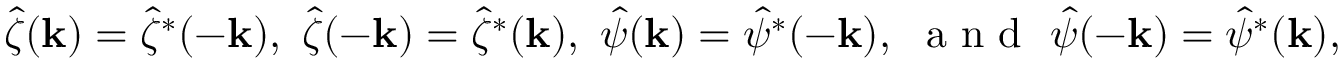
\hat { \zeta } ( \mathbf { k } ) = \hat { \zeta } ^ { * } ( - \mathbf { k } ) , ~ \hat { \zeta } ( - \mathbf { k } ) = \hat { \zeta } ^ { * } ( \mathbf { k } ) , ~ \hat { \psi } ( \mathbf { k } ) = \hat { \psi } ^ { * } ( - \mathbf { k } ) , ~ \mathrm { ~ a ~ n ~ d ~ } ~ \hat { \psi } ( - \mathbf { k } ) = \hat { \psi } ^ { * } ( \mathbf { k } ) ,